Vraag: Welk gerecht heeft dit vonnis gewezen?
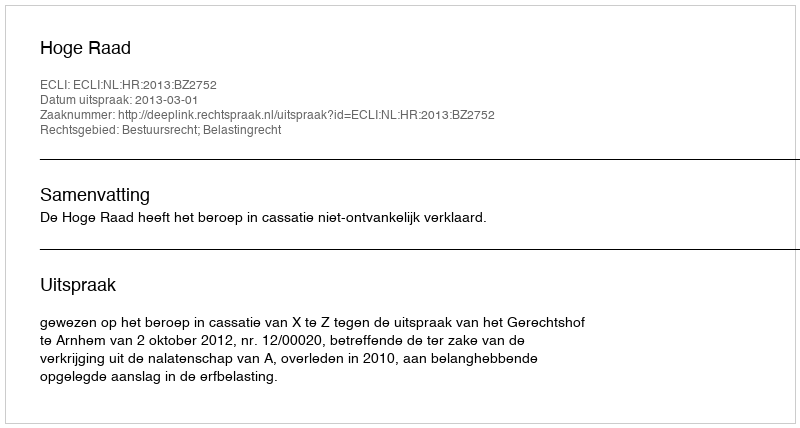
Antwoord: Hoge Raad